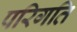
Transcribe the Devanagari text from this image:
परिगति